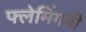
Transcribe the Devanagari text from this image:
फ्लेमिंगनी